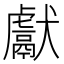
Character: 獻